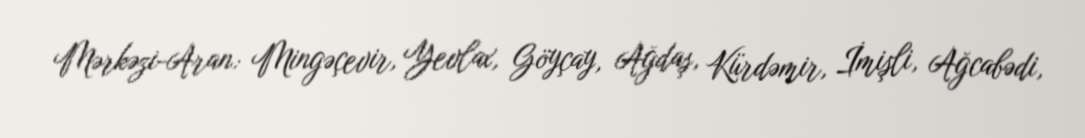
Mərkəzi-Aran: Mingəçevir, Yevlax, Göyçay, Ağdaş, Kürdəmir, İmişli, Ağcabədi,